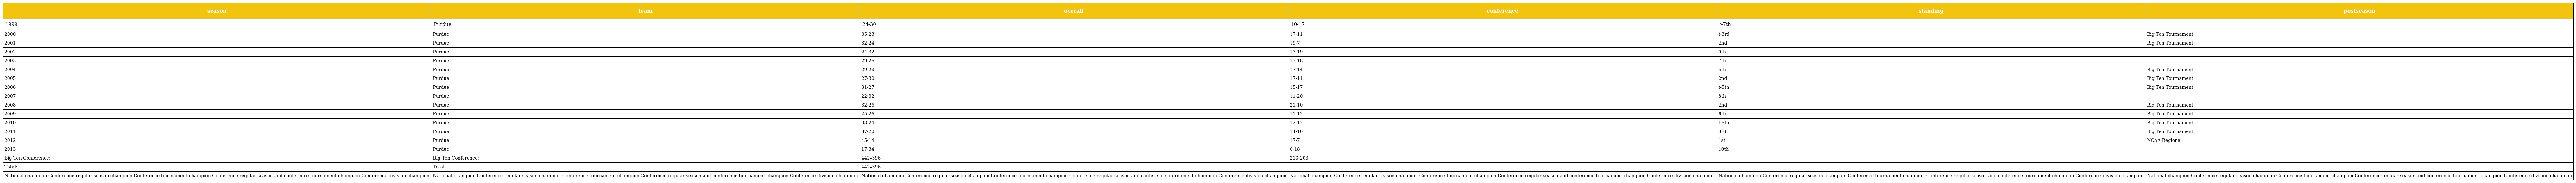
| season | team | overall | conference | standing | postseason |
 | --- | --- | --- | --- | --- | --- |
 | 1999 | Purdue | 24-30 | 10-17 | t-7th |  |
 | 2000 | Purdue | 35-23 | 17-11 | t-3rd | Big Ten Tournament |
 | 2001 | Purdue | 32-24 | 19-7 | 2nd | Big Ten Tournament |
 | 2002 | Purdue | 24-32 | 13-19 | 9th |  |
 | 2003 | Purdue | 29-26 | 13-18 | 7th |  |
 | 2004 | Purdue | 29-28 | 17-14 | 5th | Big Ten Tournament |
 | 2005 | Purdue | 27-30 | 17-11 | 2nd | Big Ten Tournament |
 | 2006 | Purdue | 31-27 | 15-17 | t-5th | Big Ten Tournament |
 | 2007 | Purdue | 22-32 | 11-20 | 8th |  |
 | 2008 | Purdue | 32-26 | 21-10 | 2nd | Big Ten Tournament |
 | 2009 | Purdue | 25-26 | 11-12 | 6th | Big Ten Tournament |
 | 2010 | Purdue | 33-24 | 12-12 | t-5th | Big Ten Tournament |
 | 2011 | Purdue | 37-20 | 14-10 | 3rd | Big Ten Tournament |
 | 2012 | Purdue | 45-14 | 17-7 | 1st | NCAA Regional |
 | 2013 | Purdue | 17-34 | 6-18 | 10th |  |
 | Big Ten Conference: | Big Ten Conference: | 442–396 | 213-203 |  |  |
 | Total: | Total: | 442–396 |  |  |  |
 | National champion Conference regular season champion Conference tournament champion Conference regular season and conference tournament champion Conference division champion | National champion Conference regular season champion Conference tournament champion Conference regular season and conference tournament champion Conference division champion | National champion Conference regular season champion Conference tournament champion Conference regular season and conference tournament champion Conference division champion | National champion Conference regular season champion Conference tournament champion Conference regular season and conference tournament champion Conference division champion | National champion Conference regular season champion Conference tournament champion Conference regular season and conference tournament champion Conference division champion | National champion Conference regular season champion Conference tournament champion Conference regular season and conference tournament champion Conference division champion |